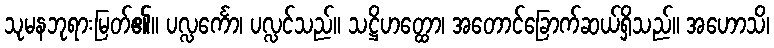
သုမနဘုရားမြတ်၏။ ပလ္လင်္ကော၊ ပလ္လင်သည်။ သဋ္ဌိဟတ္ထော၊ အတောင်ခြောက်ဆယ်ရှိသည်။ အဟောသိ၊